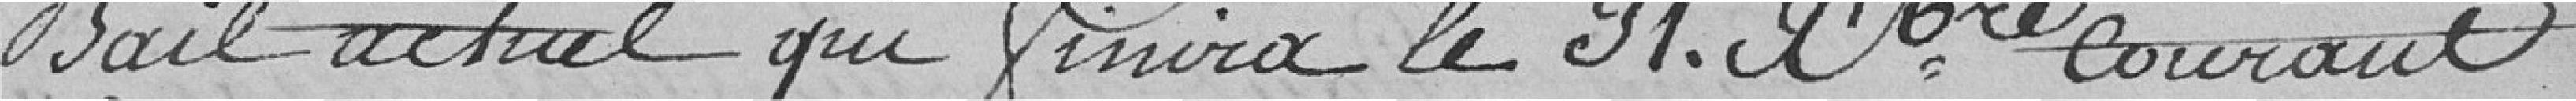
bail actuel qui finira le 31 décembre courant